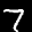
Label: 7